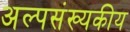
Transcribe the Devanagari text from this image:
अल्पसंख्यकीय